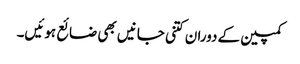
کمپین کے دوران کتنی جانیں بھی ضائع ہوئیں۔